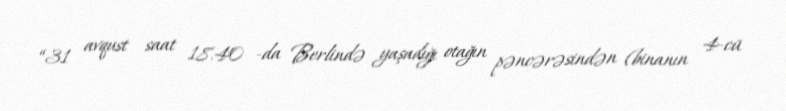
“31 avqust saat 18.40 -da Berlində yaşadığı otağın pəncərəsindən (binanın 4-cü